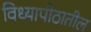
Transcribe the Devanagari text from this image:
विध्यापीठातील